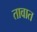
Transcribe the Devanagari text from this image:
तावात